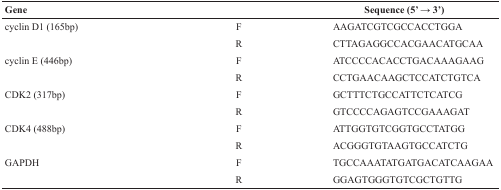
<table><thead><tr><td><b>Gene</b></td><td></td><td><b>Sequence (5’ → 3’)</b></td></tr></thead><tbody><tr><td>cyclin D1 (165bp)</td><td>F</td><td>AAGATCGTCGCCACCTGGA</td></tr><tr><td></td><td>R</td><td>CTTAGAGGCCACGAACATGCAA</td></tr><tr><td>cyclin E (446bp)</td><td>F</td><td>ATCCCCACACCTGACAAAGAAG</td></tr><tr><td></td><td>R</td><td>CCTGAACAAGCTCCATCTGTCA</td></tr><tr><td>CDK2 (317bp)</td><td>F</td><td>GCTTTCTGCCATTCTCATCG</td></tr><tr><td></td><td>R</td><td>GTCCCCAGAGTCCGAAAGAT</td></tr><tr><td>CDK4 (488bp)</td><td>F</td><td>ATTGGTGTCGGTGCCTATGG</td></tr><tr><td></td><td>R</td><td>ACGGGTGTAAGTGCCATCTG</td></tr><tr><td>GAPDH</td><td>F</td><td>TGCCAAATATGATGACATCAAGAA</td></tr><tr><td></td><td>R</td><td>GGAGTGGGTGTCGCTGTTG</td></tr></tbody></table>